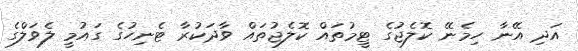
އަދި އޭނާ ހިމެނޭ ކޮލެޖުގެ ޓީމުތައް ކޮލެޖުތައް ވާދަކުރާ ޓެނިހުގެ ގައުމީ ލެވަލްގެ